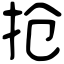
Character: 抢